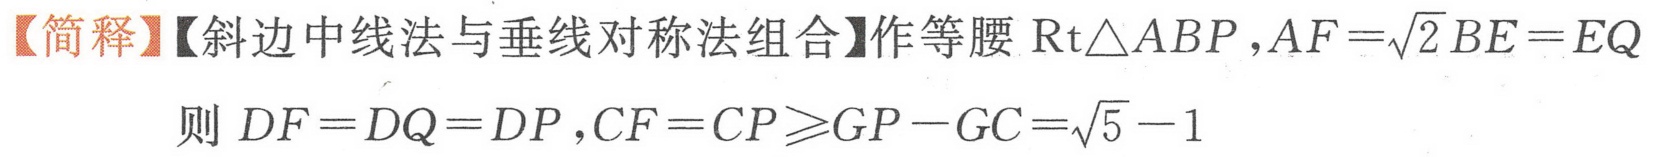
【简释】【斜边中线法与垂线对称法组合】作等腰\(\text{Rt}\triangle ABP\), \(AF = \sqrt{2}BE = EQ\)
则 \(DF = DQ = DP\), \(CF = CP\geqslant GP - GC=\sqrt{5}-1\)